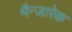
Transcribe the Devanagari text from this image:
मैन्जारेक